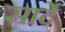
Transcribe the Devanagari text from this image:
सार्दे